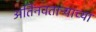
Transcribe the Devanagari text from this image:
अतिनवताऱ्याच्या